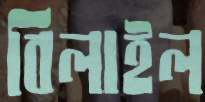
বিলাইল